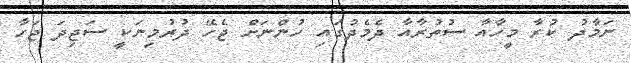
ނަމާދު ކުރާ މީހާއާ ސުތުރާއާ ދެމެދުގައި ހުންނަށް ޖެހޭ ދުރުމިނަކީ ސަޖިދަ ޖަހާ